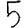
Digit: 5